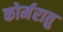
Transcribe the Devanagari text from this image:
कोर्मरातु